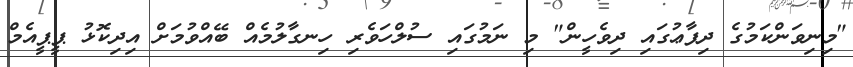
"މިނިވަންކަމުގެ ދިފާޢުގައި ދިވެހީން" މި ނަމުގައި ސުލްހަވެރި ހިނގާލުމެއް ބޭއްވުމަށް އިދިކޮޅު ޕީޕީއެމް